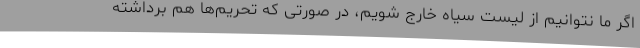
اگر ما نتوانیم از لیست سیاه خارج شویم، در صورتی که تحریم‌ها هم برداشته